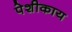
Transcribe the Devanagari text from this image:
पेशीकाय